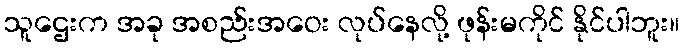
သူဌေးက အခု အစည်းအဝေး လုပ်နေလို့ ဖုန်းမကိုင် နိုင်ပါဘူး။